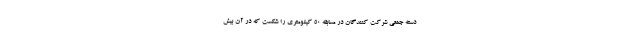
دسته جمعی شرکت کنندگان در مسابقه ۵۰ کیلومتری را شکست که در آن بیش